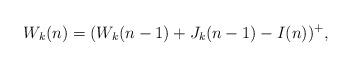
LaTeX: \begin{align*} W_{k}(n)=(W_{k}(n-1)+J_{k}(n-1)-I(n))^+,\end{align*}